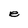
Character: e